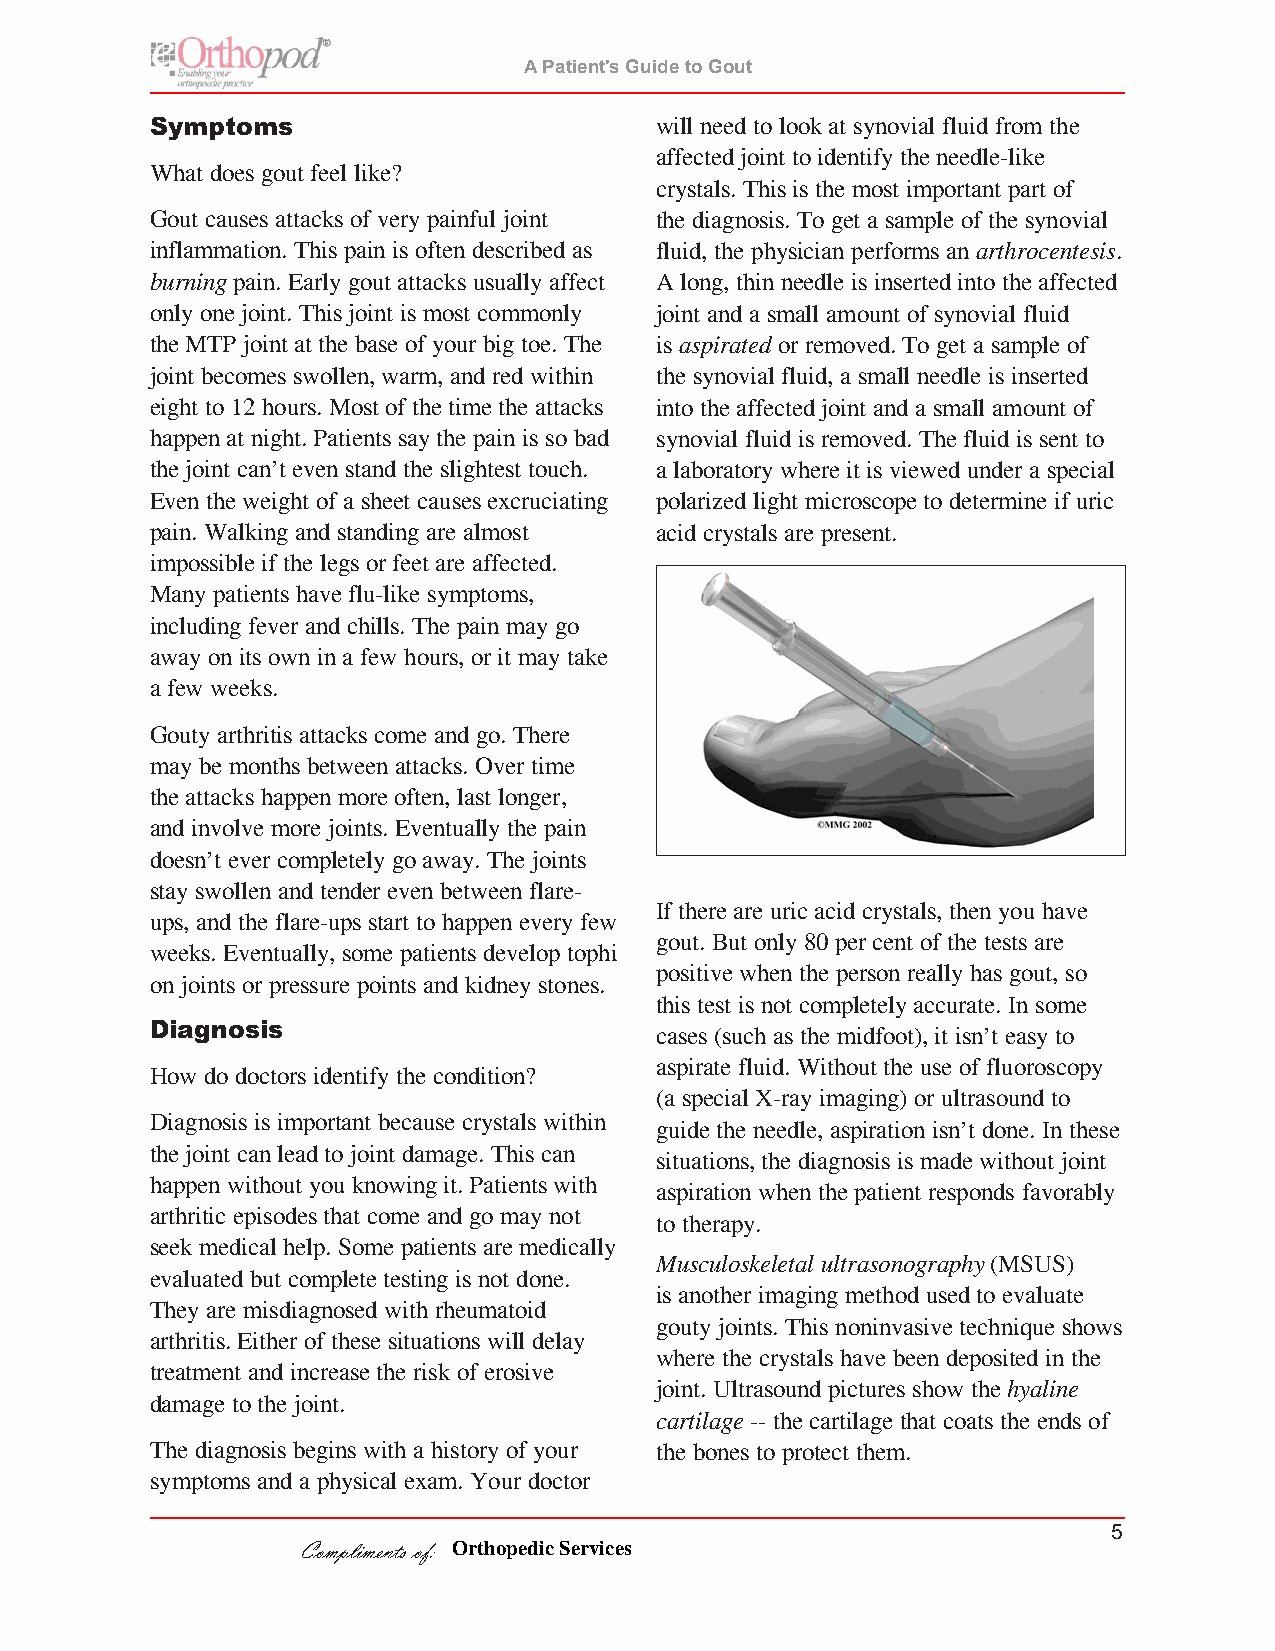
A Patient's Guide to Gout
 Symptoms                         will need to look at synovial fluid from the
 affected joint to identify the needle-like
 What does gout feel like?
 crystals. This is the most important part of
 Gout causes attacks of very painful joint the diagnosis. To get a sample of the synovial
 inflammation. This pain is often described as fluid, the physician performs an arthrocentesis.
 burning pain. Early gout attacks usually affect A long, thin needle is inserted into the affected
 only one joint. This joint is most commonly joint and a small amount of synovial fluid
 the MTP joint at the base of your big toe. The is aspirated or removed. To get a sample of
 joint becomes swollen, warm, and red within the synovial fluid, a small needle is inserted
 eight to 12 hours. Most of the time the attacks into the affected joint and a small amount of
 happen at night. Patients say the pain is so bad synovial fluid is removed. The fluid is sent to
 the joint can’t even stand the slightest touch. a laboratory where it is viewed under a special
 Even the weight of a sheet causes excruciating polarized light microscope to determine if uric
 pain. Walking and standing are almost acid crystals are present.
 impossible if the legs or feet are affected.
 Many patients have flu-like symptoms,
 including fever and chills. The pain may go
 away on its own in a few hours, or it may take
 a few weeks.
 Gouty arthritis attacks come and go. There
 may be months between attacks. Over time
 the attacks happen more often, last longer,
 and involve more joints. Eventually the pain
 doesn’t ever completely go away. The joints
 stay swollen and tender even between flare-
 If there are uric acid crystals, then you have
 ups, and the flare-ups start to happen every few
 gout. But only 80 per cent of the tests are
 weeks. Eventually, some patients develop tophi
 positive when the person really has gout, so
 on joints or pressure points and kidney stones.
 this test is not completely accurate. In some
 Diagnosis                        cases (such as the midfoot), it isn’t easy to
 aspirate fluid. Without the use of fluoroscopy
 How do doctors identify the condition?
 (a special X-ray imaging) or ultrasound to
 Diagnosis is important because crystals within
 guide the needle, aspiration isn’t done. In these
 the joint can lead to joint damage. This can
 situations, the diagnosis is made without joint
 happen without you knowing it. Patients with
 aspiration when the patient responds favorably
 arthritic episodes that come and go may not
 to therapy.
 seek medical help. Some patients are medically
 Musculoskeletal ultrasonography (MSUS)
 evaluated but complete testing is not done.
 is another imaging method used to evaluate
 They are misdiagnosed with rheumatoid
 gouty joints. This noninvasive technique shows
 arthritis. Either of these situations will delay
 where the crystals have been deposited in the
 treatment and increase the risk of erosive
 joint. Ultrasound pictures show the hyaline
 damage to the joint.
 cartilage -- the cartilage that coats the ends of
 The diagnosis begins with a history of your the bones to protect them.
 symptoms and a physical exam. Your doctor
 5
 Compliments of: Orthopedic Services